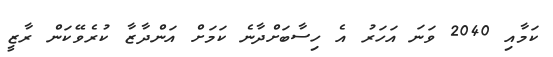
ކަމާއި 2040 ވަނަ އަހަރު އެ ހިސާބަށްދާނެ ކަމަށް އަންދާޒާ ކުރެވޭކަން ރާޒީ